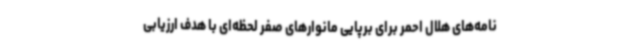
نامه‌های هلال احمر برای برپایی مانوارهای صفر لحظه‌ای با هدف ارزیابی